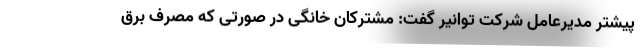
پیشتر مدیرعامل شرکت توانیر گفت: مشترکان خانگی در صورتی که مصرف برق